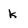
Character: k